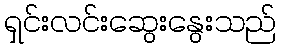
ရှင်းလင်းဆွေးနွေးသည်